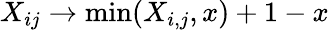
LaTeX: X_{ij}\rightarrow\operatorname*{min}(X_{i,j},x)+1-x